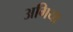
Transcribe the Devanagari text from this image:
अगिया